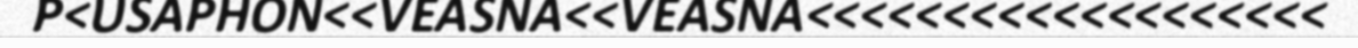
P<USAPHON<<VEASNA<<VEASNA<<<<<<<<<<<<<<<<<<<